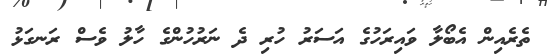
ތެރެއިން އެބޯލާ ވައިރަހުގެ އަސަރު ހުރި ދެ ނަރުހުންގެ ހާލު ވެސް ރަނގަޅު